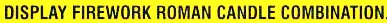
DISPLAY FIREWORK ROMAN CANDLE COMBINATION